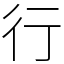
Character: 行